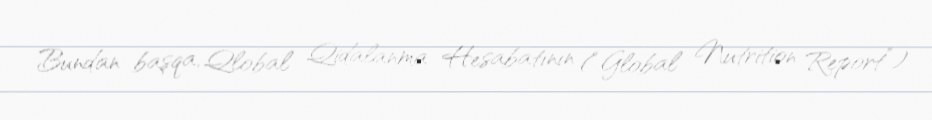
Bundan başqa, Qlobal Qidalanma Hesabatının (“Global Nutrition Report”)